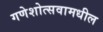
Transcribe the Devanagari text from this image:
गणेशोत्सवामधील